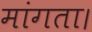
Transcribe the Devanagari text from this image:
मांगता।